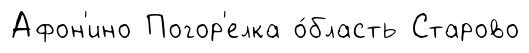
Афон'ино Погор'елка о́бласть Старово